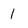
Character: 1